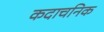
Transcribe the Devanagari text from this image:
कदाचनिक